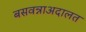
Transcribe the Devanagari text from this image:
बसवन्नाअदालत